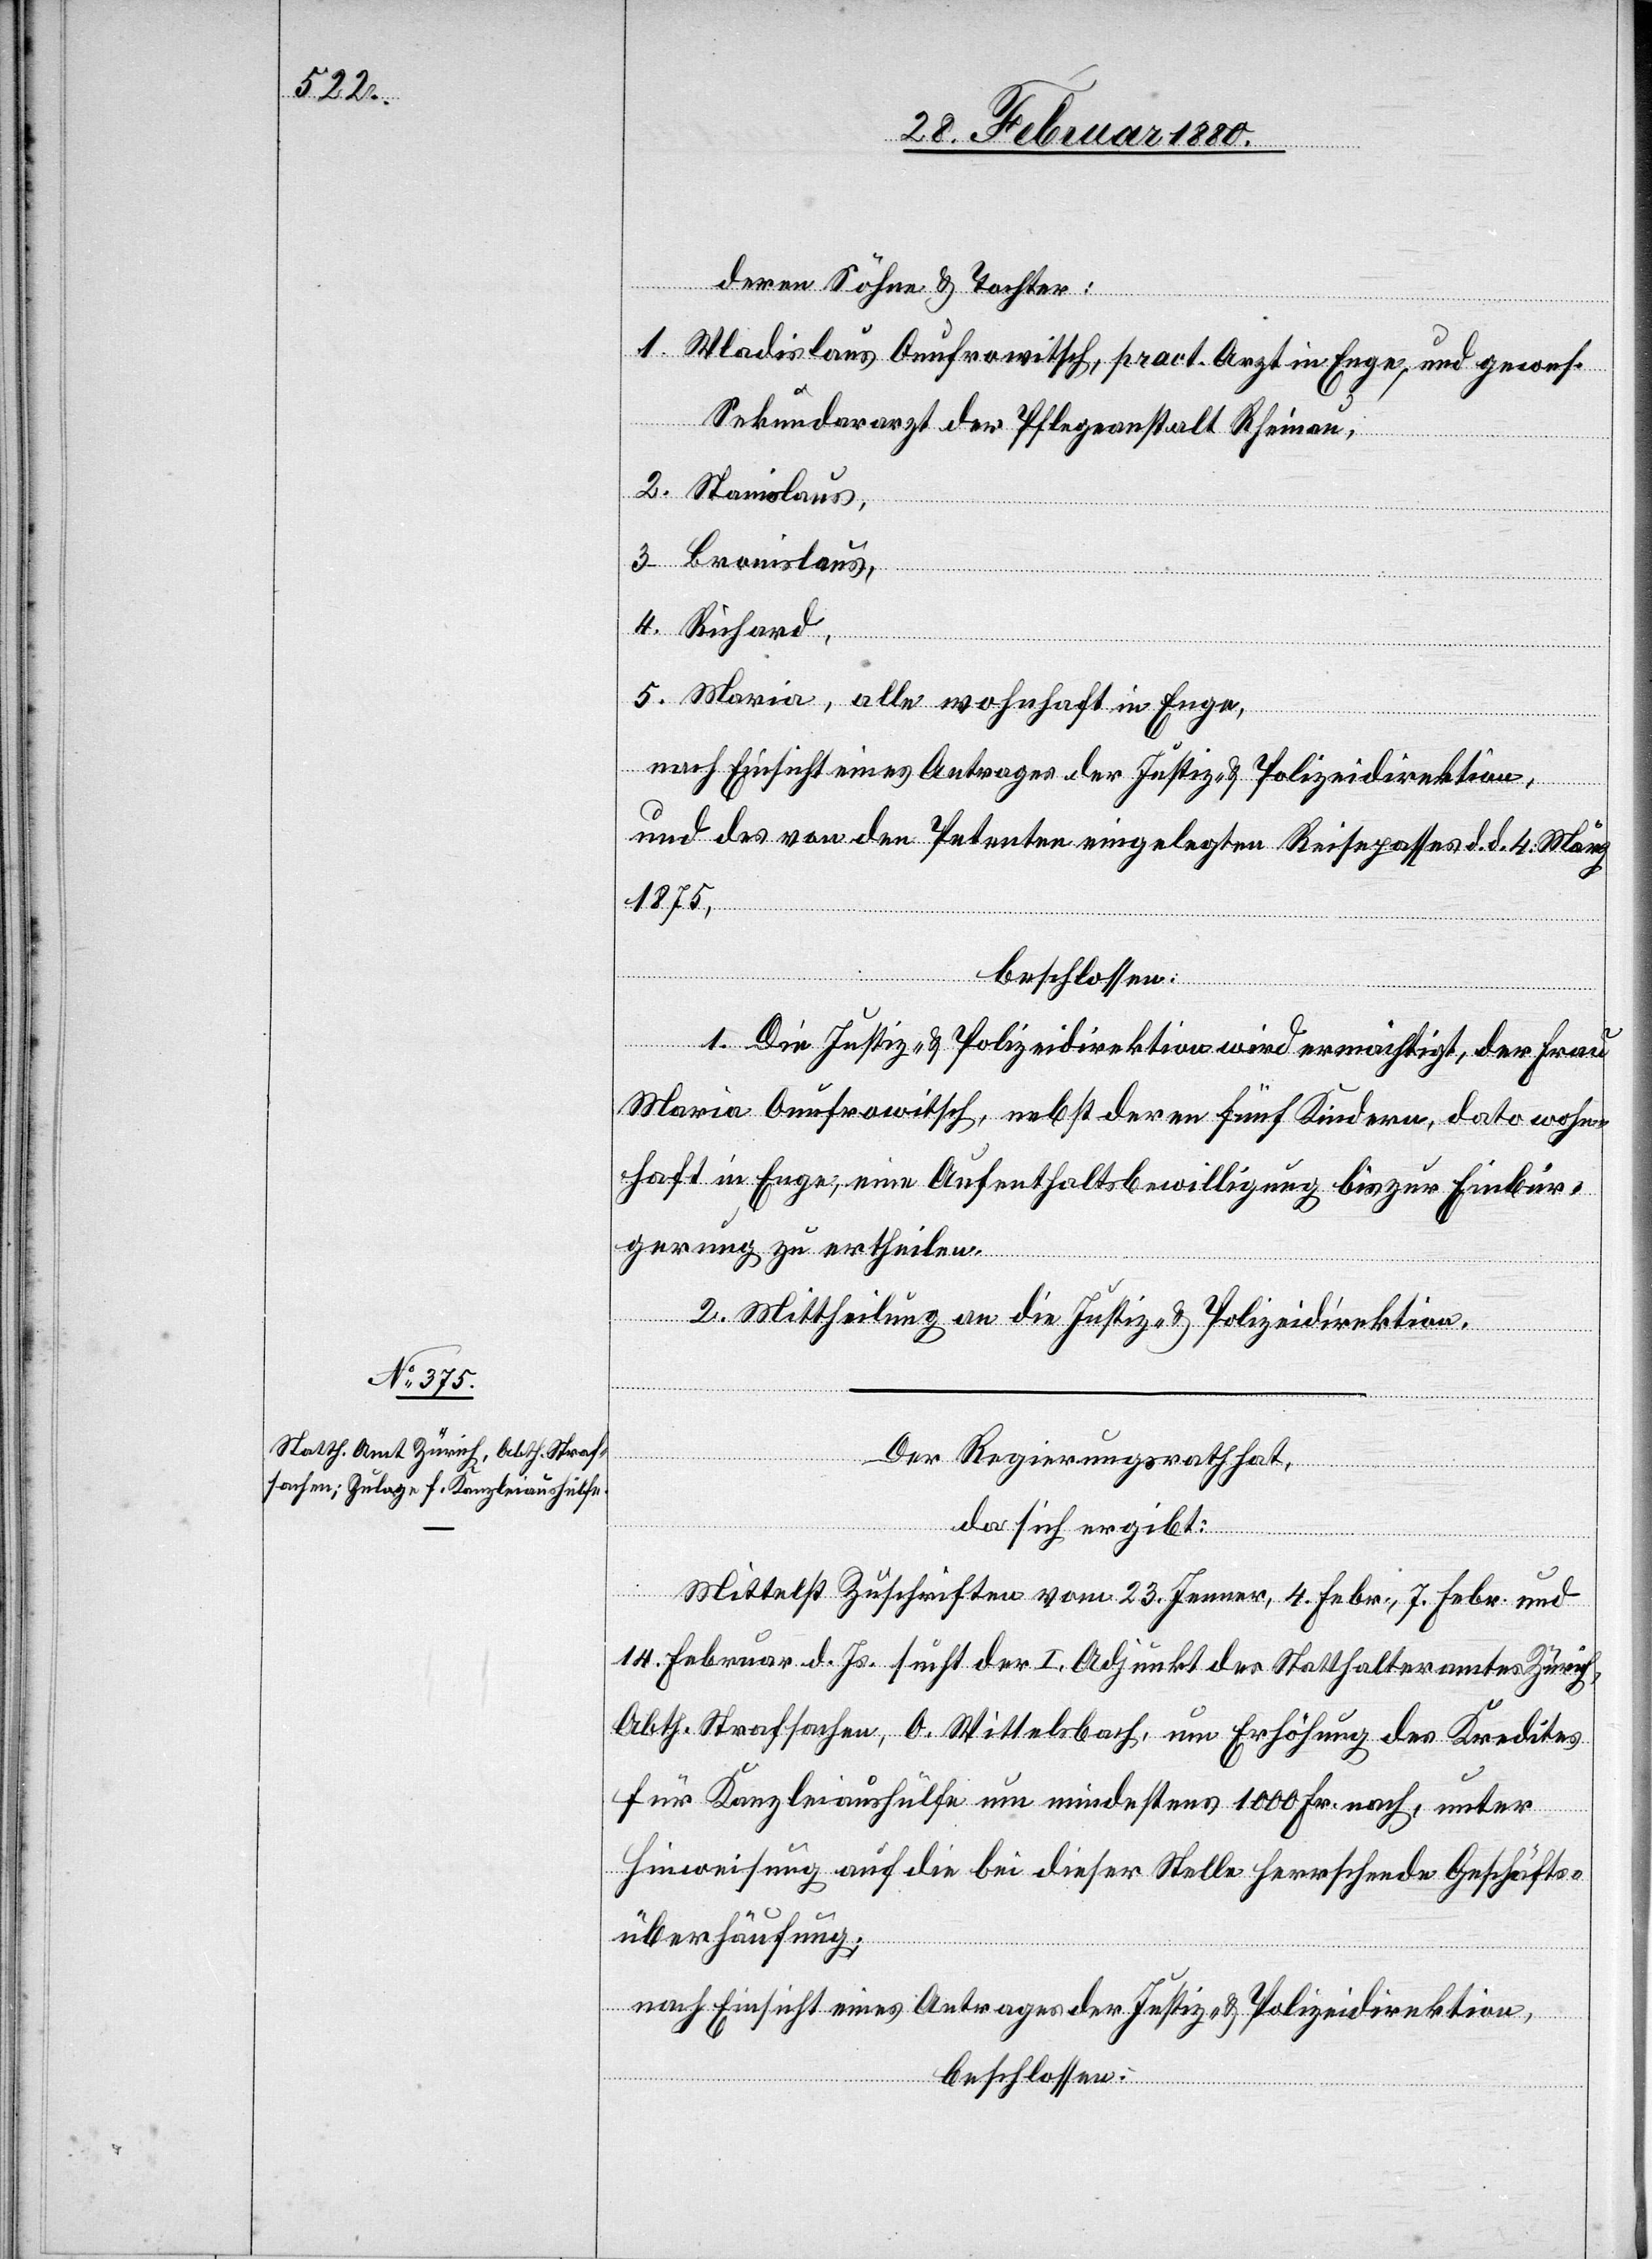
deren Söhne und Töchter:
Waldisklaus Anufrowitsch, pract. Arzt in Enge, und gewes.
Sekundararzt der Pflegeanstalt Rheinau,
Riehard,
Maria, alle wohnhaft in Enge,
nach Einsicht eines Antrages der Justiz- & Polizeidirektion,
und des von den Petenten eingelegten Reisepasses d. d. 4. März
1875,
beschlossen:
1. Die Justiz- & Polizeidirektion wird ermächtigt, der Frau
Maria Anufrowitsch, nebst deren fünf Kindern, dato wohn¬
haft in Enge eine Aufenthaltsbewilligung bis zur Einbür¬
gerung zu ertheilen.
2. Mittheilung an die Justiz- & Polizeidirektion.
Der Regierungsrath hat,
da sich ergibt:
5.
Mittelst Zuschriften vom 23. Jenner, 4. Febr., 7. Febr. und
14. Februar d. Js. sucht der I. Adjunkt des Statthalteramtes Zürich,
Abth. Strafsachen, O. Wittelsbach, um Erhöhung des Kredites
für Kanzleiaushülfe um mindestens 1000 Fr. nach, unter
Hinweisung auf die bei dieser Stelle herrschende Geschäfts¬
überhäufung;
nach Einsicht eines Antrages der Justiz- & Polizeidirektion,
beschlossen: